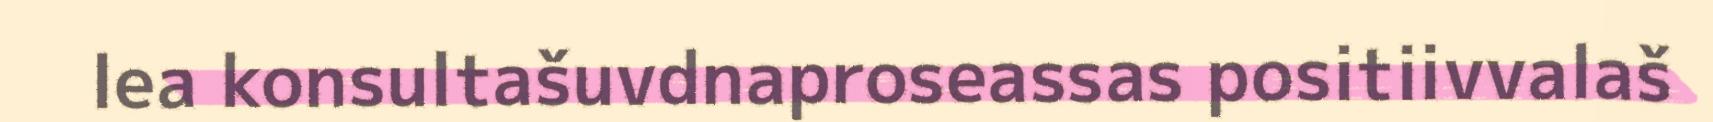
lea konsultašuvdnaproseassas positiivvalaš